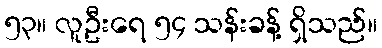
၅၃။ လူဦးရေ ၅၄ သန်းခန့် ရှိသည်။